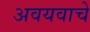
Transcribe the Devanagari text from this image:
अवयवाचे